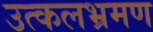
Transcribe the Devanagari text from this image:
उत्कलभ्रमण